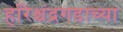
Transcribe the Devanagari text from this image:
हरिश्चंद्रगडाच्या